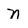
Character: n